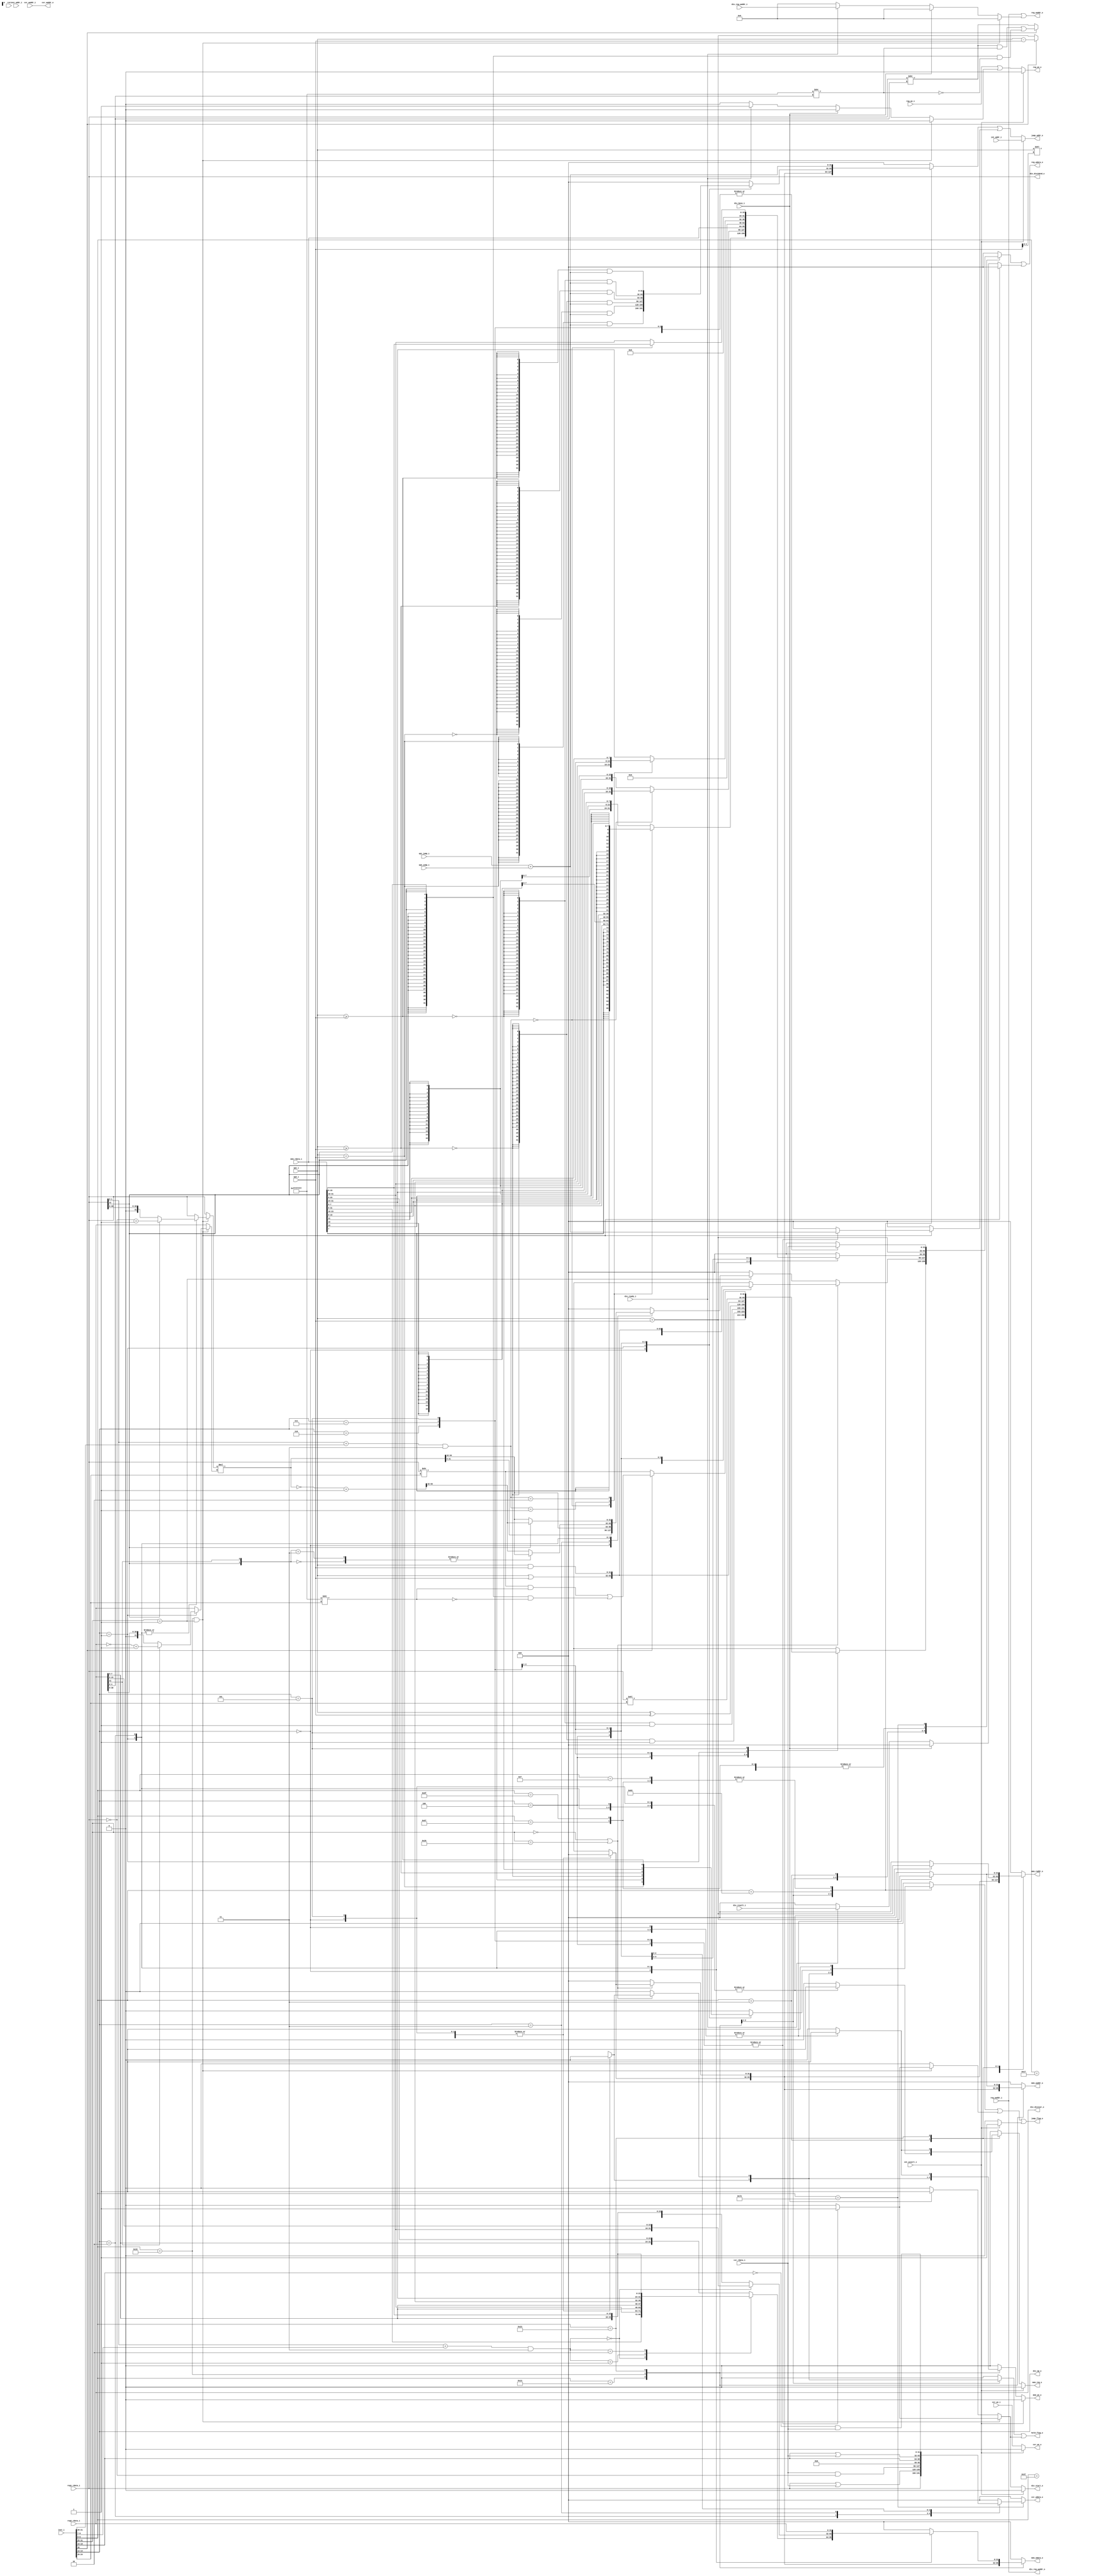
 /*                                                                      
 Copyright 2019 Blue Liang, liangkangnan@163.com
                                                                         
 Licensed under the Apache License, Version 2.0 (the "License");         
 you may not use this file except in compliance with the License.        
 You may obtain a copy of the License at                                 
                                                                         
     http://www.apache.org/licenses/LICENSE-2.0                          
                                                                         
 Unless required by applicable law or agreed to in writing, software    
 distributed under the License is distributed on an "AS IS" BASIS,       
 WITHOUT WARRANTIES OR CONDITIONS OF ANY KIND, either express or implied.
 See the License for the specific language governing permissions and     
 limitations under the License.                                          
 */
`define CpuResetAddr 32'h0

`define RstEnable 1'b0
`define RstDisable 1'b1
`define ZeroWord 32'h0
`define ZeroReg 5'h0
`define WriteEnable 1'b1
`define WriteDisable 1'b0
`define ReadEnable 1'b1
`define ReadDisable 1'b0
`define True 1'b1
`define False 1'b0
`define ChipEnable 1'b1
`define ChipDisable 1'b0
`define JumpEnable 1'b1
`define JumpDisable 1'b0
`define DivResultNotReady 1'b0
`define DivResultReady 1'b1
`define DivStart 1'b1
`define DivStop 1'b0
`define HoldEnable 1'b1
`define HoldDisable 1'b0
`define Stop 1'b1
`define NoStop 1'b0
`define RIB_ACK 1'b1
`define RIB_NACK 1'b0
`define RIB_REQ 1'b1
`define RIB_NREQ 1'b0
`define INT_ASSERT 1'b1
`define INT_DEASSERT 1'b0

`define INT_BUS 7:0
`define INT_NONE 8'h0
`define INT_RET 8'hff
`define INT_TIMER0 8'b00000001
`define INT_TIMER0_ENTRY_ADDR 32'h4

`define Hold_Flag_Bus   2:0
`define Hold_None 3'b000
`define Hold_Pc   3'b001
`define Hold_If   3'b010
`define Hold_Id   3'b011

// I type inst
`define INST_TYPE_I 7'b0010011
`define INST_ADDI   3'b000
`define INST_SLTI   3'b010
`define INST_SLTIU  3'b011
`define INST_XORI   3'b100
`define INST_ORI    3'b110
`define INST_ANDI   3'b111
`define INST_SLLI   3'b001
`define INST_SRI    3'b101

// L type inst
`define INST_TYPE_L 7'b0000011
`define INST_LB     3'b000
`define INST_LH     3'b001
`define INST_LW     3'b010
`define INST_LBU    3'b100
`define INST_LHU    3'b101

// S type inst
`define INST_TYPE_S 7'b0100011
`define INST_SB     3'b000
`define INST_SH     3'b001
`define INST_SW     3'b010

// R and M type inst
`define INST_TYPE_R_M 7'b0110011
// R type inst
`define INST_ADD_SUB 3'b000
`define INST_SLL    3'b001
`define INST_SLT    3'b010
`define INST_SLTU   3'b011
`define INST_XOR    3'b100
`define INST_SR     3'b101
`define INST_OR     3'b110
`define INST_AND    3'b111
// M type inst
`define INST_MUL    3'b000
`define INST_MULH   3'b001
`define INST_MULHSU 3'b010
`define INST_MULHU  3'b011
`define INST_DIV    3'b100
`define INST_DIVU   3'b101
`define INST_REM    3'b110
`define INST_REMU   3'b111

// J type inst
`define INST_JAL    7'b1101111
`define INST_JALR   7'b1100111

`define INST_LUI    7'b0110111
`define INST_AUIPC  7'b0010111
`define INST_NOP    32'h00000001
`define INST_NOP_OP 7'b0000001
`define INST_MRET   32'h30200073
`define INST_RET    32'h00008067

`define INST_FENCE  7'b0001111
`define INST_ECALL  32'h73
`define INST_EBREAK 32'h00100073

// J type inst
`define INST_TYPE_B 7'b1100011
`define INST_BEQ    3'b000
`define INST_BNE    3'b001
`define INST_BLT    3'b100
`define INST_BGE    3'b101
`define INST_BLTU   3'b110
`define INST_BGEU   3'b111

// CSR inst
`define INST_CSR    7'b1110011
`define INST_CSRRW  3'b001
`define INST_CSRRS  3'b010
`define INST_CSRRC  3'b011
`define INST_CSRRWI 3'b101
`define INST_CSRRSI 3'b110
`define INST_CSRRCI 3'b111

// CSR reg addr
`define CSR_CYCLE   12'hc00
`define CSR_CYCLEH  12'hc80
`define CSR_MTVEC   12'h305
`define CSR_MCAUSE  12'h342
`define CSR_MEPC    12'h341
`define CSR_MIE     12'h304
`define CSR_MSTATUS 12'h300
`define CSR_MSCRATCH 12'h340

`define RomNum 4096  // rom depth(how many words)

`define MemNum 4096  // memory depth(how many words)
`define MemBus 31:0
`define MemAddrBus 31:0

`define InstBus 31:0
`define InstAddrBus 31:0

// common regs
`define RegAddrBus 4:0
`define RegBus 31:0
`define DoubleRegBus 63:0
`define RegWidth 32
`define RegNum 32        // reg num
`define RegNumLog2 5

//`include "defines.v"

// 
// 
module ex(

    input wire rst,

    // from id
    input wire[`InstBus] inst_i,            // 
    input wire[`InstAddrBus] inst_addr_i,   // 
    input wire reg_we_i,                    // 
    input wire[`RegAddrBus] reg_waddr_i,    // 
    input wire[`RegBus] reg1_rdata_i,       // 1
    input wire[`RegBus] reg2_rdata_i,       // 2
    input wire csr_we_i,                    // CSR
    input wire[`MemAddrBus] csr_waddr_i,    // CSR
    input wire[`RegBus] csr_rdata_i,        // CSR
    input wire int_assert_i,                // 
    input wire[`InstAddrBus] int_addr_i,    // 
    input wire[`MemAddrBus] op1_i,
    input wire[`MemAddrBus] op2_i,
    input wire[`MemAddrBus] op1_jump_i,
    input wire[`MemAddrBus] op2_jump_i,

    // from mem
    input wire[`MemBus] mem_rdata_i,        // 

    // from div
    input wire div_ready_i,                 // 
    input wire[`RegBus] div_result_i,       // 
    input wire div_busy_i,                  // 
    input wire[`RegAddrBus] div_reg_waddr_i,// 

    // to mem
    output reg[`MemBus] mem_wdata_o,        // 
    output reg[`MemAddrBus] mem_raddr_o,    // 
    output reg[`MemAddrBus] mem_waddr_o,    // 
    output wire mem_we_o,                   // 
    output wire mem_req_o,                  // 

    // to regs
    output wire[`RegBus] reg_wdata_o,       // 
    output wire reg_we_o,                   // 
    output wire[`RegAddrBus] reg_waddr_o,   // 

    // to csr reg
    output reg[`RegBus] csr_wdata_o,        // CSR
    output wire csr_we_o,                   // CSR
    output wire[`MemAddrBus] csr_waddr_o,   // CSR

    // to div
    output wire div_start_o,                // 
    output reg[`RegBus] div_dividend_o,     // 
    output reg[`RegBus] div_divisor_o,      // 
    output reg[2:0] div_op_o,               // 
    output reg[`RegAddrBus] div_reg_waddr_o,// 

    // to ctrl
    output wire hold_flag_o,                // 
    output wire jump_flag_o,                // 
    output wire[`InstAddrBus] jump_addr_o   // 

    );

    wire[1:0] mem_raddr_index;
    wire[1:0] mem_waddr_index;
    wire[`DoubleRegBus] mul_temp;
    wire[`DoubleRegBus] mul_temp_invert;
    wire[31:0] sr_shift;
    wire[31:0] sri_shift;
    wire[31:0] sr_shift_mask;
    wire[31:0] sri_shift_mask;
    wire[31:0] op1_add_op2_res;
    wire[31:0] op1_jump_add_op2_jump_res;
    wire[31:0] reg1_data_invert;
    wire[31:0] reg2_data_invert;
    wire op1_ge_op2_signed;
    wire op1_ge_op2_unsigned;
    wire op1_eq_op2;
    reg[`RegBus] mul_op1;
    reg[`RegBus] mul_op2;
    wire[6:0] opcode;
    wire[2:0] funct3;
    wire[6:0] funct7;
    wire[4:0] rd;
    wire[4:0] uimm;
    reg[`RegBus] reg_wdata;
    reg reg_we;
    reg[`RegAddrBus] reg_waddr;
    reg[`RegBus] div_wdata;
    reg div_we;
    reg[`RegAddrBus] div_waddr;
    reg div_hold_flag;
    reg div_jump_flag;
    reg[`InstAddrBus] div_jump_addr;
    reg hold_flag;
    reg jump_flag;
    reg[`InstAddrBus] jump_addr;
    reg mem_we;
    reg mem_req;
    reg div_start;

    assign opcode = inst_i[6:0];
    assign funct3 = inst_i[14:12];
    assign funct7 = inst_i[31:25];
    assign rd = inst_i[11:7];
    assign uimm = inst_i[19:15];

    assign sr_shift = reg1_rdata_i >> reg2_rdata_i[4:0];
    assign sri_shift = reg1_rdata_i >> inst_i[24:20];
    assign sr_shift_mask = 32'hffffffff >> reg2_rdata_i[4:0];
    assign sri_shift_mask = 32'hffffffff >> inst_i[24:20];

    assign op1_add_op2_res = op1_i + op2_i;
    assign op1_jump_add_op2_jump_res = op1_jump_i + op2_jump_i;

    assign reg1_data_invert = ~reg1_rdata_i + 1;
    assign reg2_data_invert = ~reg2_rdata_i + 1;

    // 
    assign op1_ge_op2_signed = $signed(op1_i) >= $signed(op2_i);
    // 
    assign op1_ge_op2_unsigned = op1_i >= op2_i;
    assign op1_eq_op2 = (op1_i == op2_i);

    assign mul_temp = mul_op1 * mul_op2;
    assign mul_temp_invert = ~mul_temp + 1;

    assign mem_raddr_index = (reg1_rdata_i + {{20{inst_i[31]}}, inst_i[31:20]}) & 2'b11;
    assign mem_waddr_index = (reg1_rdata_i + {{20{inst_i[31]}}, inst_i[31:25], inst_i[11:7]}) & 2'b11;

    assign div_start_o = (int_assert_i == `INT_ASSERT)? `DivStop: div_start;

    assign reg_wdata_o = reg_wdata | div_wdata;
    // 
    assign reg_we_o = (int_assert_i == `INT_ASSERT)? `WriteDisable: (reg_we || div_we);
    assign reg_waddr_o = reg_waddr | div_waddr;

    // 
    assign mem_we_o = (int_assert_i == `INT_ASSERT)? `WriteDisable: mem_we;

    // 
    assign mem_req_o = (int_assert_i == `INT_ASSERT)? `RIB_NREQ: mem_req;

    assign hold_flag_o = hold_flag || div_hold_flag;
    assign jump_flag_o = jump_flag || div_jump_flag || ((int_assert_i == `INT_ASSERT)? `JumpEnable: `JumpDisable);
    assign jump_addr_o = (int_assert_i == `INT_ASSERT)? int_addr_i: (jump_addr | div_jump_addr);

    // CSR
    assign csr_we_o = (int_assert_i == `INT_ASSERT)? `WriteDisable: csr_we_i;
    assign csr_waddr_o = csr_waddr_i;


    // 
    always @ (*) begin
        if ((opcode == `INST_TYPE_R_M) && (funct7 == 7'b0000001)) begin
            case (funct3)
                `INST_MUL, `INST_MULHU: begin
                    mul_op1 = reg1_rdata_i;
                    mul_op2 = reg2_rdata_i;
                end
                `INST_MULHSU: begin
                    mul_op1 = (reg1_rdata_i[31] == 1'b1)? (reg1_data_invert): reg1_rdata_i;
                    mul_op2 = reg2_rdata_i;
                end
                `INST_MULH: begin
                    mul_op1 = (reg1_rdata_i[31] == 1'b1)? (reg1_data_invert): reg1_rdata_i;
                    mul_op2 = (reg2_rdata_i[31] == 1'b1)? (reg2_data_invert): reg2_rdata_i;
                end
                default: begin
                    mul_op1 = reg1_rdata_i;
                    mul_op2 = reg2_rdata_i;
                end
            endcase
        end else begin
            mul_op1 = reg1_rdata_i;
            mul_op2 = reg2_rdata_i;
        end
    end

    // 
    always @ (*) begin
        div_dividend_o = reg1_rdata_i;
        div_divisor_o = reg2_rdata_i;
        div_op_o = funct3;
        div_reg_waddr_o = reg_waddr_i;
        if ((opcode == `INST_TYPE_R_M) && (funct7 == 7'b0000001)) begin
            div_we = `WriteDisable;
            div_wdata = `ZeroWord;
            div_waddr = `ZeroWord;
            case (funct3)
                `INST_DIV, `INST_DIVU, `INST_REM, `INST_REMU: begin
                    div_start = `DivStart;
                    div_jump_flag = `JumpEnable;
                    div_hold_flag = `HoldEnable;
                    div_jump_addr = op1_jump_add_op2_jump_res;
                end
                default: begin
                    div_start = `DivStop;
                    div_jump_flag = `JumpDisable;
                    div_hold_flag = `HoldDisable;
                    div_jump_addr = `ZeroWord;
                end
            endcase
        end else begin
            div_jump_flag = `JumpDisable;
            div_jump_addr = `ZeroWord;
            if (div_busy_i == `True) begin
                div_start = `DivStart;
                div_we = `WriteDisable;
                div_wdata = `ZeroWord;
                div_waddr = `ZeroWord;
                div_hold_flag = `HoldEnable;
            end else begin
                div_start = `DivStop;
                div_hold_flag = `HoldDisable;
                if (div_ready_i == `DivResultReady) begin
                    div_wdata = div_result_i;
                    div_waddr = div_reg_waddr_i;
                    div_we = `WriteEnable;
                end else begin
                    div_we = `WriteDisable;
                    div_wdata = `ZeroWord;
                    div_waddr = `ZeroWord;
                end
            end
        end
    end

    // 
    always @ (*) begin
        reg_we = reg_we_i;
        reg_waddr = reg_waddr_i;
        mem_req = `RIB_NREQ;
        csr_wdata_o = `ZeroWord;

        case (opcode)
            `INST_TYPE_I: begin
                case (funct3)
                    `INST_ADDI: begin
                        jump_flag = `JumpDisable;
                        hold_flag = `HoldDisable;
                        jump_addr = `ZeroWord;
                        mem_wdata_o = `ZeroWord;
                        mem_raddr_o = `ZeroWord;
                        mem_waddr_o = `ZeroWord;
                        mem_we = `WriteDisable;
                        reg_wdata = op1_add_op2_res;
                    end
                    `INST_SLTI: begin
                        jump_flag = `JumpDisable;
                        hold_flag = `HoldDisable;
                        jump_addr = `ZeroWord;
                        mem_wdata_o = `ZeroWord;
                        mem_raddr_o = `ZeroWord;
                        mem_waddr_o = `ZeroWord;
                        mem_we = `WriteDisable;
                        reg_wdata = {32{(~op1_ge_op2_signed)}} & 32'h1;
                    end
                    `INST_SLTIU: begin
                        jump_flag = `JumpDisable;
                        hold_flag = `HoldDisable;
                        jump_addr = `ZeroWord;
                        mem_wdata_o = `ZeroWord;
                        mem_raddr_o = `ZeroWord;
                        mem_waddr_o = `ZeroWord;
                        mem_we = `WriteDisable;
                        reg_wdata = {32{(~op1_ge_op2_unsigned)}} & 32'h1;
                    end
                    `INST_XORI: begin
                        jump_flag = `JumpDisable;
                        hold_flag = `HoldDisable;
                        jump_addr = `ZeroWord;
                        mem_wdata_o = `ZeroWord;
                        mem_raddr_o = `ZeroWord;
                        mem_waddr_o = `ZeroWord;
                        mem_we = `WriteDisable;
                        reg_wdata = op1_i ^ op2_i;
                    end
                    `INST_ORI: begin
                        jump_flag = `JumpDisable;
                        hold_flag = `HoldDisable;
                        jump_addr = `ZeroWord;
                        mem_wdata_o = `ZeroWord;
                        mem_raddr_o = `ZeroWord;
                        mem_waddr_o = `ZeroWord;
                        mem_we = `WriteDisable;
                        reg_wdata = op1_i | op2_i;
                    end
                    `INST_ANDI: begin
                        jump_flag = `JumpDisable;
                        hold_flag = `HoldDisable;
                        jump_addr = `ZeroWord;
                        mem_wdata_o = `ZeroWord;
                        mem_raddr_o = `ZeroWord;
                        mem_waddr_o = `ZeroWord;
                        mem_we = `WriteDisable;
                        reg_wdata = op1_i & op2_i;
                    end
                    `INST_SLLI: begin
                        jump_flag = `JumpDisable;
                        hold_flag = `HoldDisable;
                        jump_addr = `ZeroWord;
                        mem_wdata_o = `ZeroWord;
                        mem_raddr_o = `ZeroWord;
                        mem_waddr_o = `ZeroWord;
                        mem_we = `WriteDisable;
                        reg_wdata = reg1_rdata_i << inst_i[24:20];
                    end
                    `INST_SRI: begin
                        jump_flag = `JumpDisable;
                        hold_flag = `HoldDisable;
                        jump_addr = `ZeroWord;
                        mem_wdata_o = `ZeroWord;
                        mem_raddr_o = `ZeroWord;
                        mem_waddr_o = `ZeroWord;
                        mem_we = `WriteDisable;
                        if (inst_i[30] == 1'b1) begin
                            reg_wdata = (sri_shift & sri_shift_mask) | ({32{reg1_rdata_i[31]}} & (~sri_shift_mask));
                        end else begin
                            reg_wdata = reg1_rdata_i >> inst_i[24:20];
                        end
                    end
                    default: begin
                        jump_flag = `JumpDisable;
                        hold_flag = `HoldDisable;
                        jump_addr = `ZeroWord;
                        mem_wdata_o = `ZeroWord;
                        mem_raddr_o = `ZeroWord;
                        mem_waddr_o = `ZeroWord;
                        mem_we = `WriteDisable;
                        reg_wdata = `ZeroWord;
                    end
                endcase
            end
            `INST_TYPE_R_M: begin
                if ((funct7 == 7'b0000000) || (funct7 == 7'b0100000)) begin
                    case (funct3)
                        `INST_ADD_SUB: begin
                            jump_flag = `JumpDisable;
                            hold_flag = `HoldDisable;
                            jump_addr = `ZeroWord;
                            mem_wdata_o = `ZeroWord;
                            mem_raddr_o = `ZeroWord;
                            mem_waddr_o = `ZeroWord;
                            mem_we = `WriteDisable;
                            if (inst_i[30] == 1'b0) begin
                                reg_wdata = op1_add_op2_res;
                            end else begin
                                reg_wdata = op1_i - op2_i;
                            end
                        end
                        `INST_SLL: begin
                            jump_flag = `JumpDisable;
                            hold_flag = `HoldDisable;
                            jump_addr = `ZeroWord;
                            mem_wdata_o = `ZeroWord;
                            mem_raddr_o = `ZeroWord;
                            mem_waddr_o = `ZeroWord;
                            mem_we = `WriteDisable;
                            reg_wdata = op1_i << op2_i[4:0];
                        end
                        `INST_SLT: begin
                            jump_flag = `JumpDisable;
                            hold_flag = `HoldDisable;
                            jump_addr = `ZeroWord;
                            mem_wdata_o = `ZeroWord;
                            mem_raddr_o = `ZeroWord;
                            mem_waddr_o = `ZeroWord;
                            mem_we = `WriteDisable;
                            reg_wdata = {32{(~op1_ge_op2_signed)}} & 32'h1;
                        end
                        `INST_SLTU: begin
                            jump_flag = `JumpDisable;
                            hold_flag = `HoldDisable;
                            jump_addr = `ZeroWord;
                            mem_wdata_o = `ZeroWord;
                            mem_raddr_o = `ZeroWord;
                            mem_waddr_o = `ZeroWord;
                            mem_we = `WriteDisable;
                            reg_wdata = {32{(~op1_ge_op2_unsigned)}} & 32'h1;
                        end
                        `INST_XOR: begin
                            jump_flag = `JumpDisable;
                            hold_flag = `HoldDisable;
                            jump_addr = `ZeroWord;
                            mem_wdata_o = `ZeroWord;
                            mem_raddr_o = `ZeroWord;
                            mem_waddr_o = `ZeroWord;
                            mem_we = `WriteDisable;
                            reg_wdata = op1_i ^ op2_i;
                        end
                        `INST_SR: begin
                            jump_flag = `JumpDisable;
                            hold_flag = `HoldDisable;
                            jump_addr = `ZeroWord;
                            mem_wdata_o = `ZeroWord;
                            mem_raddr_o = `ZeroWord;
                            mem_waddr_o = `ZeroWord;
                            mem_we = `WriteDisable;
                            if (inst_i[30] == 1'b1) begin
                                reg_wdata = (sr_shift & sr_shift_mask) | ({32{reg1_rdata_i[31]}} & (~sr_shift_mask));
                            end else begin
                                reg_wdata = reg1_rdata_i >> reg2_rdata_i[4:0];
                            end
                        end
                        `INST_OR: begin
                            jump_flag = `JumpDisable;
                            hold_flag = `HoldDisable;
                            jump_addr = `ZeroWord;
                            mem_wdata_o = `ZeroWord;
                            mem_raddr_o = `ZeroWord;
                            mem_waddr_o = `ZeroWord;
                            mem_we = `WriteDisable;
                            reg_wdata = op1_i | op2_i;
                        end
                        `INST_AND: begin
                            jump_flag = `JumpDisable;
                            hold_flag = `HoldDisable;
                            jump_addr = `ZeroWord;
                            mem_wdata_o = `ZeroWord;
                            mem_raddr_o = `ZeroWord;
                            mem_waddr_o = `ZeroWord;
                            mem_we = `WriteDisable;
                            reg_wdata = op1_i & op2_i;
                        end
                        default: begin
                            jump_flag = `JumpDisable;
                            hold_flag = `HoldDisable;
                            jump_addr = `ZeroWord;
                            mem_wdata_o = `ZeroWord;
                            mem_raddr_o = `ZeroWord;
                            mem_waddr_o = `ZeroWord;
                            mem_we = `WriteDisable;
                            reg_wdata = `ZeroWord;
                        end
                    endcase
                end else if (funct7 == 7'b0000001) begin
                    case (funct3)
                        `INST_MUL: begin
                            jump_flag = `JumpDisable;
                            hold_flag = `HoldDisable;
                            jump_addr = `ZeroWord;
                            mem_wdata_o = `ZeroWord;
                            mem_raddr_o = `ZeroWord;
                            mem_waddr_o = `ZeroWord;
                            mem_we = `WriteDisable;
                            reg_wdata = mul_temp[31:0];
                        end
                        `INST_MULHU: begin
                            jump_flag = `JumpDisable;
                            hold_flag = `HoldDisable;
                            jump_addr = `ZeroWord;
                            mem_wdata_o = `ZeroWord;
                            mem_raddr_o = `ZeroWord;
                            mem_waddr_o = `ZeroWord;
                            mem_we = `WriteDisable;
                            reg_wdata = mul_temp[63:32];
                        end
                        `INST_MULH: begin
                            jump_flag = `JumpDisable;
                            hold_flag = `HoldDisable;
                            jump_addr = `ZeroWord;
                            mem_wdata_o = `ZeroWord;
                            mem_raddr_o = `ZeroWord;
                            mem_waddr_o = `ZeroWord;
                            mem_we = `WriteDisable;
                            case ({reg1_rdata_i[31], reg2_rdata_i[31]})
                                2'b00: begin
                                    reg_wdata = mul_temp[63:32];
                                end
                                2'b11: begin
                                    reg_wdata = mul_temp[63:32];
                                end
                                2'b10: begin
                                    reg_wdata = mul_temp_invert[63:32];
                                end
                                default: begin
                                    reg_wdata = mul_temp_invert[63:32];
                                end
                            endcase
                        end
                        `INST_MULHSU: begin
                            jump_flag = `JumpDisable;
                            hold_flag = `HoldDisable;
                            jump_addr = `ZeroWord;
                            mem_wdata_o = `ZeroWord;
                            mem_raddr_o = `ZeroWord;
                            mem_waddr_o = `ZeroWord;
                            mem_we = `WriteDisable;
                            if (reg1_rdata_i[31] == 1'b1) begin
                                reg_wdata = mul_temp_invert[63:32];
                            end else begin
                                reg_wdata = mul_temp[63:32];
                            end
                        end
                        default: begin
                            jump_flag = `JumpDisable;
                            hold_flag = `HoldDisable;
                            jump_addr = `ZeroWord;
                            mem_wdata_o = `ZeroWord;
                            mem_raddr_o = `ZeroWord;
                            mem_waddr_o = `ZeroWord;
                            mem_we = `WriteDisable;
                            reg_wdata = `ZeroWord;
                        end
                    endcase
                end else begin
                    jump_flag = `JumpDisable;
                    hold_flag = `HoldDisable;
                    jump_addr = `ZeroWord;
                    mem_wdata_o = `ZeroWord;
                    mem_raddr_o = `ZeroWord;
                    mem_waddr_o = `ZeroWord;
                    mem_we = `WriteDisable;
                    reg_wdata = `ZeroWord;
                end
            end
            `INST_TYPE_L: begin
                case (funct3)
                    `INST_LB: begin
                        jump_flag = `JumpDisable;
                        hold_flag = `HoldDisable;
                        jump_addr = `ZeroWord;
                        mem_wdata_o = `ZeroWord;
                        mem_waddr_o = `ZeroWord;
                        mem_we = `WriteDisable;
                        mem_req = `RIB_REQ;
                        mem_raddr_o = op1_add_op2_res;
                        case (mem_raddr_index)
                            2'b00: begin
                                reg_wdata = {{24{mem_rdata_i[7]}}, mem_rdata_i[7:0]};
                            end
                            2'b01: begin
                                reg_wdata = {{24{mem_rdata_i[15]}}, mem_rdata_i[15:8]};
                            end
                            2'b10: begin
                                reg_wdata = {{24{mem_rdata_i[23]}}, mem_rdata_i[23:16]};
                            end
                            default: begin
                                reg_wdata = {{24{mem_rdata_i[31]}}, mem_rdata_i[31:24]};
                            end
                        endcase
                    end
                    `INST_LH: begin
                        jump_flag = `JumpDisable;
                        hold_flag = `HoldDisable;
                        jump_addr = `ZeroWord;
                        mem_wdata_o = `ZeroWord;
                        mem_waddr_o = `ZeroWord;
                        mem_we = `WriteDisable;
                        mem_req = `RIB_REQ;
                        mem_raddr_o = op1_add_op2_res;
                        if (mem_raddr_index == 2'b0) begin
                            reg_wdata = {{16{mem_rdata_i[15]}}, mem_rdata_i[15:0]};
                        end else begin
                            reg_wdata = {{16{mem_rdata_i[31]}}, mem_rdata_i[31:16]};
                        end
                    end
                    `INST_LW: begin
                        jump_flag = `JumpDisable;
                        hold_flag = `HoldDisable;
                        jump_addr = `ZeroWord;
                        mem_wdata_o = `ZeroWord;
                        mem_waddr_o = `ZeroWord;
                        mem_we = `WriteDisable;
                        mem_req = `RIB_REQ;
                        mem_raddr_o = op1_add_op2_res;
                        reg_wdata = mem_rdata_i;
                    end
                    `INST_LBU: begin
                        jump_flag = `JumpDisable;
                        hold_flag = `HoldDisable;
                        jump_addr = `ZeroWord;
                        mem_wdata_o = `ZeroWord;
                        mem_waddr_o = `ZeroWord;
                        mem_we = `WriteDisable;
                        mem_req = `RIB_REQ;
                        mem_raddr_o = op1_add_op2_res;
                        case (mem_raddr_index)
                            2'b00: begin
                                reg_wdata = {24'h0, mem_rdata_i[7:0]};
                            end
                            2'b01: begin
                                reg_wdata = {24'h0, mem_rdata_i[15:8]};
                            end
                            2'b10: begin
                                reg_wdata = {24'h0, mem_rdata_i[23:16]};
                            end
                            default: begin
                                reg_wdata = {24'h0, mem_rdata_i[31:24]};
                            end
                        endcase
                    end
                    `INST_LHU: begin
                        jump_flag = `JumpDisable;
                        hold_flag = `HoldDisable;
                        jump_addr = `ZeroWord;
                        mem_wdata_o = `ZeroWord;
                        mem_waddr_o = `ZeroWord;
                        mem_we = `WriteDisable;
                        mem_req = `RIB_REQ;
                        mem_raddr_o = op1_add_op2_res;
                        if (mem_raddr_index == 2'b0) begin
                            reg_wdata = {16'h0, mem_rdata_i[15:0]};
                        end else begin
                            reg_wdata = {16'h0, mem_rdata_i[31:16]};
                        end
                    end
                    default: begin
                        jump_flag = `JumpDisable;
                        hold_flag = `HoldDisable;
                        jump_addr = `ZeroWord;
                        mem_wdata_o = `ZeroWord;
                        mem_raddr_o = `ZeroWord;
                        mem_waddr_o = `ZeroWord;
                        mem_we = `WriteDisable;
                        reg_wdata = `ZeroWord;
                    end
                endcase
            end
            `INST_TYPE_S: begin
                case (funct3)
                    `INST_SB: begin
                        jump_flag = `JumpDisable;
                        hold_flag = `HoldDisable;
                        jump_addr = `ZeroWord;
                        reg_wdata = `ZeroWord;
                        mem_we = `WriteEnable;
                        mem_req = `RIB_REQ;
                        mem_waddr_o = op1_add_op2_res;
                        mem_raddr_o = op1_add_op2_res;
                        case (mem_waddr_index)
                            2'b00: begin
                                mem_wdata_o = {mem_rdata_i[31:8], reg2_rdata_i[7:0]};
                            end
                            2'b01: begin
                                mem_wdata_o = {mem_rdata_i[31:16], reg2_rdata_i[7:0], mem_rdata_i[7:0]};
                            end
                            2'b10: begin
                                mem_wdata_o = {mem_rdata_i[31:24], reg2_rdata_i[7:0], mem_rdata_i[15:0]};
                            end
                            default: begin
                                mem_wdata_o = {reg2_rdata_i[7:0], mem_rdata_i[23:0]};
                            end
                        endcase
                    end
                    `INST_SH: begin
                        jump_flag = `JumpDisable;
                        hold_flag = `HoldDisable;
                        jump_addr = `ZeroWord;
                        reg_wdata = `ZeroWord;
                        mem_we = `WriteEnable;
                        mem_req = `RIB_REQ;
                        mem_waddr_o = op1_add_op2_res;
                        mem_raddr_o = op1_add_op2_res;
                        if (mem_waddr_index == 2'b00) begin
                            mem_wdata_o = {mem_rdata_i[31:16], reg2_rdata_i[15:0]};
                        end else begin
                            mem_wdata_o = {reg2_rdata_i[15:0], mem_rdata_i[15:0]};
                        end
                    end
                    `INST_SW: begin
                        jump_flag = `JumpDisable;
                        hold_flag = `HoldDisable;
                        jump_addr = `ZeroWord;
                        reg_wdata = `ZeroWord;
                        mem_we = `WriteEnable;
                        mem_req = `RIB_REQ;
                        mem_waddr_o = op1_add_op2_res;
                        mem_raddr_o = op1_add_op2_res;
                        mem_wdata_o = reg2_rdata_i;
                    end
                    default: begin
                        jump_flag = `JumpDisable;
                        hold_flag = `HoldDisable;
                        jump_addr = `ZeroWord;
                        mem_wdata_o = `ZeroWord;
                        mem_raddr_o = `ZeroWord;
                        mem_waddr_o = `ZeroWord;
                        mem_we = `WriteDisable;
                        reg_wdata = `ZeroWord;
                    end
                endcase
            end
            `INST_TYPE_B: begin
                case (funct3)
                    `INST_BEQ: begin
                        hold_flag = `HoldDisable;
                        mem_wdata_o = `ZeroWord;
                        mem_raddr_o = `ZeroWord;
                        mem_waddr_o = `ZeroWord;
                        mem_we = `WriteDisable;
                        reg_wdata = `ZeroWord;
                        jump_flag = op1_eq_op2 & `JumpEnable;
                        jump_addr = {32{op1_eq_op2}} & op1_jump_add_op2_jump_res;
                    end
                    `INST_BNE: begin
                        hold_flag = `HoldDisable;
                        mem_wdata_o = `ZeroWord;
                        mem_raddr_o = `ZeroWord;
                        mem_waddr_o = `ZeroWord;
                        mem_we = `WriteDisable;
                        reg_wdata = `ZeroWord;
                        jump_flag = (~op1_eq_op2) & `JumpEnable;
                        jump_addr = {32{(~op1_eq_op2)}} & op1_jump_add_op2_jump_res;
                    end
                    `INST_BLT: begin
                        hold_flag = `HoldDisable;
                        mem_wdata_o = `ZeroWord;
                        mem_raddr_o = `ZeroWord;
                        mem_waddr_o = `ZeroWord;
                        mem_we = `WriteDisable;
                        reg_wdata = `ZeroWord;
                        jump_flag = (~op1_ge_op2_signed) & `JumpEnable;
                        jump_addr = {32{(~op1_ge_op2_signed)}} & op1_jump_add_op2_jump_res;
                    end
                    `INST_BGE: begin
                        hold_flag = `HoldDisable;
                        mem_wdata_o = `ZeroWord;
                        mem_raddr_o = `ZeroWord;
                        mem_waddr_o = `ZeroWord;
                        mem_we = `WriteDisable;
                        reg_wdata = `ZeroWord;
                        jump_flag = (op1_ge_op2_signed) & `JumpEnable;
                        jump_addr = {32{(op1_ge_op2_signed)}} & op1_jump_add_op2_jump_res;
                    end
                    `INST_BLTU: begin
                        hold_flag = `HoldDisable;
                        mem_wdata_o = `ZeroWord;
                        mem_raddr_o = `ZeroWord;
                        mem_waddr_o = `ZeroWord;
                        mem_we = `WriteDisable;
                        reg_wdata = `ZeroWord;
                        jump_flag = (~op1_ge_op2_unsigned) & `JumpEnable;
                        jump_addr = {32{(~op1_ge_op2_unsigned)}} & op1_jump_add_op2_jump_res;
                    end
                    `INST_BGEU: begin
                        hold_flag = `HoldDisable;
                        mem_wdata_o = `ZeroWord;
                        mem_raddr_o = `ZeroWord;
                        mem_waddr_o = `ZeroWord;
                        mem_we = `WriteDisable;
                        reg_wdata = `ZeroWord;
                        jump_flag = (op1_ge_op2_unsigned) & `JumpEnable;
                        jump_addr = {32{(op1_ge_op2_unsigned)}} & op1_jump_add_op2_jump_res;
                    end
                    default: begin
                        jump_flag = `JumpDisable;
                        hold_flag = `HoldDisable;
                        jump_addr = `ZeroWord;
                        mem_wdata_o = `ZeroWord;
                        mem_raddr_o = `ZeroWord;
                        mem_waddr_o = `ZeroWord;
                        mem_we = `WriteDisable;
                        reg_wdata = `ZeroWord;
                    end
                endcase
            end
            `INST_JAL, `INST_JALR: begin
                hold_flag = `HoldDisable;
                mem_wdata_o = `ZeroWord;
                mem_raddr_o = `ZeroWord;
                mem_waddr_o = `ZeroWord;
                mem_we = `WriteDisable;
                jump_flag = `JumpEnable;
                jump_addr = op1_jump_add_op2_jump_res;
                reg_wdata = op1_add_op2_res;
            end
            `INST_LUI, `INST_AUIPC: begin
                hold_flag = `HoldDisable;
                mem_wdata_o = `ZeroWord;
                mem_raddr_o = `ZeroWord;
                mem_waddr_o = `ZeroWord;
                mem_we = `WriteDisable;
                jump_addr = `ZeroWord;
                jump_flag = `JumpDisable;
                reg_wdata = op1_add_op2_res;
            end
            `INST_NOP_OP: begin
                jump_flag = `JumpDisable;
                hold_flag = `HoldDisable;
                jump_addr = `ZeroWord;
                mem_wdata_o = `ZeroWord;
                mem_raddr_o = `ZeroWord;
                mem_waddr_o = `ZeroWord;
                mem_we = `WriteDisable;
                reg_wdata = `ZeroWord;
            end
            `INST_FENCE: begin
                hold_flag = `HoldDisable;
                mem_wdata_o = `ZeroWord;
                mem_raddr_o = `ZeroWord;
                mem_waddr_o = `ZeroWord;
                mem_we = `WriteDisable;
                reg_wdata = `ZeroWord;
                jump_flag = `JumpEnable;
                jump_addr = op1_jump_add_op2_jump_res;
            end
            `INST_CSR: begin
                jump_flag = `JumpDisable;
                hold_flag = `HoldDisable;
                jump_addr = `ZeroWord;
                mem_wdata_o = `ZeroWord;
                mem_raddr_o = `ZeroWord;
                mem_waddr_o = `ZeroWord;
                mem_we = `WriteDisable;
                case (funct3)
                    `INST_CSRRW: begin
                        csr_wdata_o = reg1_rdata_i;
                        reg_wdata = csr_rdata_i;
                    end
                    `INST_CSRRS: begin
                        csr_wdata_o = reg1_rdata_i | csr_rdata_i;
                        reg_wdata = csr_rdata_i;
                    end
                    `INST_CSRRC: begin
                        csr_wdata_o = csr_rdata_i & (~reg1_rdata_i);
                        reg_wdata = csr_rdata_i;
                    end
                    `INST_CSRRWI: begin
                        csr_wdata_o = {27'h0, uimm};
                        reg_wdata = csr_rdata_i;
                    end
                    `INST_CSRRSI: begin
                        csr_wdata_o = {27'h0, uimm} | csr_rdata_i;
                        reg_wdata = csr_rdata_i;
                    end
                    `INST_CSRRCI: begin
                        csr_wdata_o = (~{27'h0, uimm}) & csr_rdata_i;
                        reg_wdata = csr_rdata_i;
                    end
                    default: begin
                        jump_flag = `JumpDisable;
                        hold_flag = `HoldDisable;
                        jump_addr = `ZeroWord;
                        mem_wdata_o = `ZeroWord;
                        mem_raddr_o = `ZeroWord;
                        mem_waddr_o = `ZeroWord;
                        mem_we = `WriteDisable;
                        reg_wdata = `ZeroWord;
                    end
                endcase
            end
            default: begin
                jump_flag = `JumpDisable;
                hold_flag = `HoldDisable;
                jump_addr = `ZeroWord;
                mem_wdata_o = `ZeroWord;
                mem_raddr_o = `ZeroWord;
                mem_waddr_o = `ZeroWord;
                mem_we = `WriteDisable;
                reg_wdata = `ZeroWord;
            end
        endcase
    end

endmodule